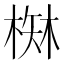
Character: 𰗾